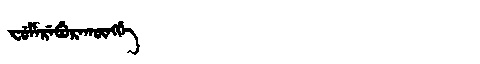
Manchu: ᠸᡠᠮᡝᡵᡝᠪᡠᡵᠠᡴᡡᠩᡤᡝ
Romanization: FUMEREBURAKŪNGGE